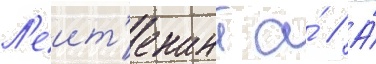
Л'еит'енант а́ // А́